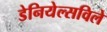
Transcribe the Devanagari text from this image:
डेनियेल्सविले